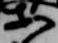
等